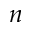
n